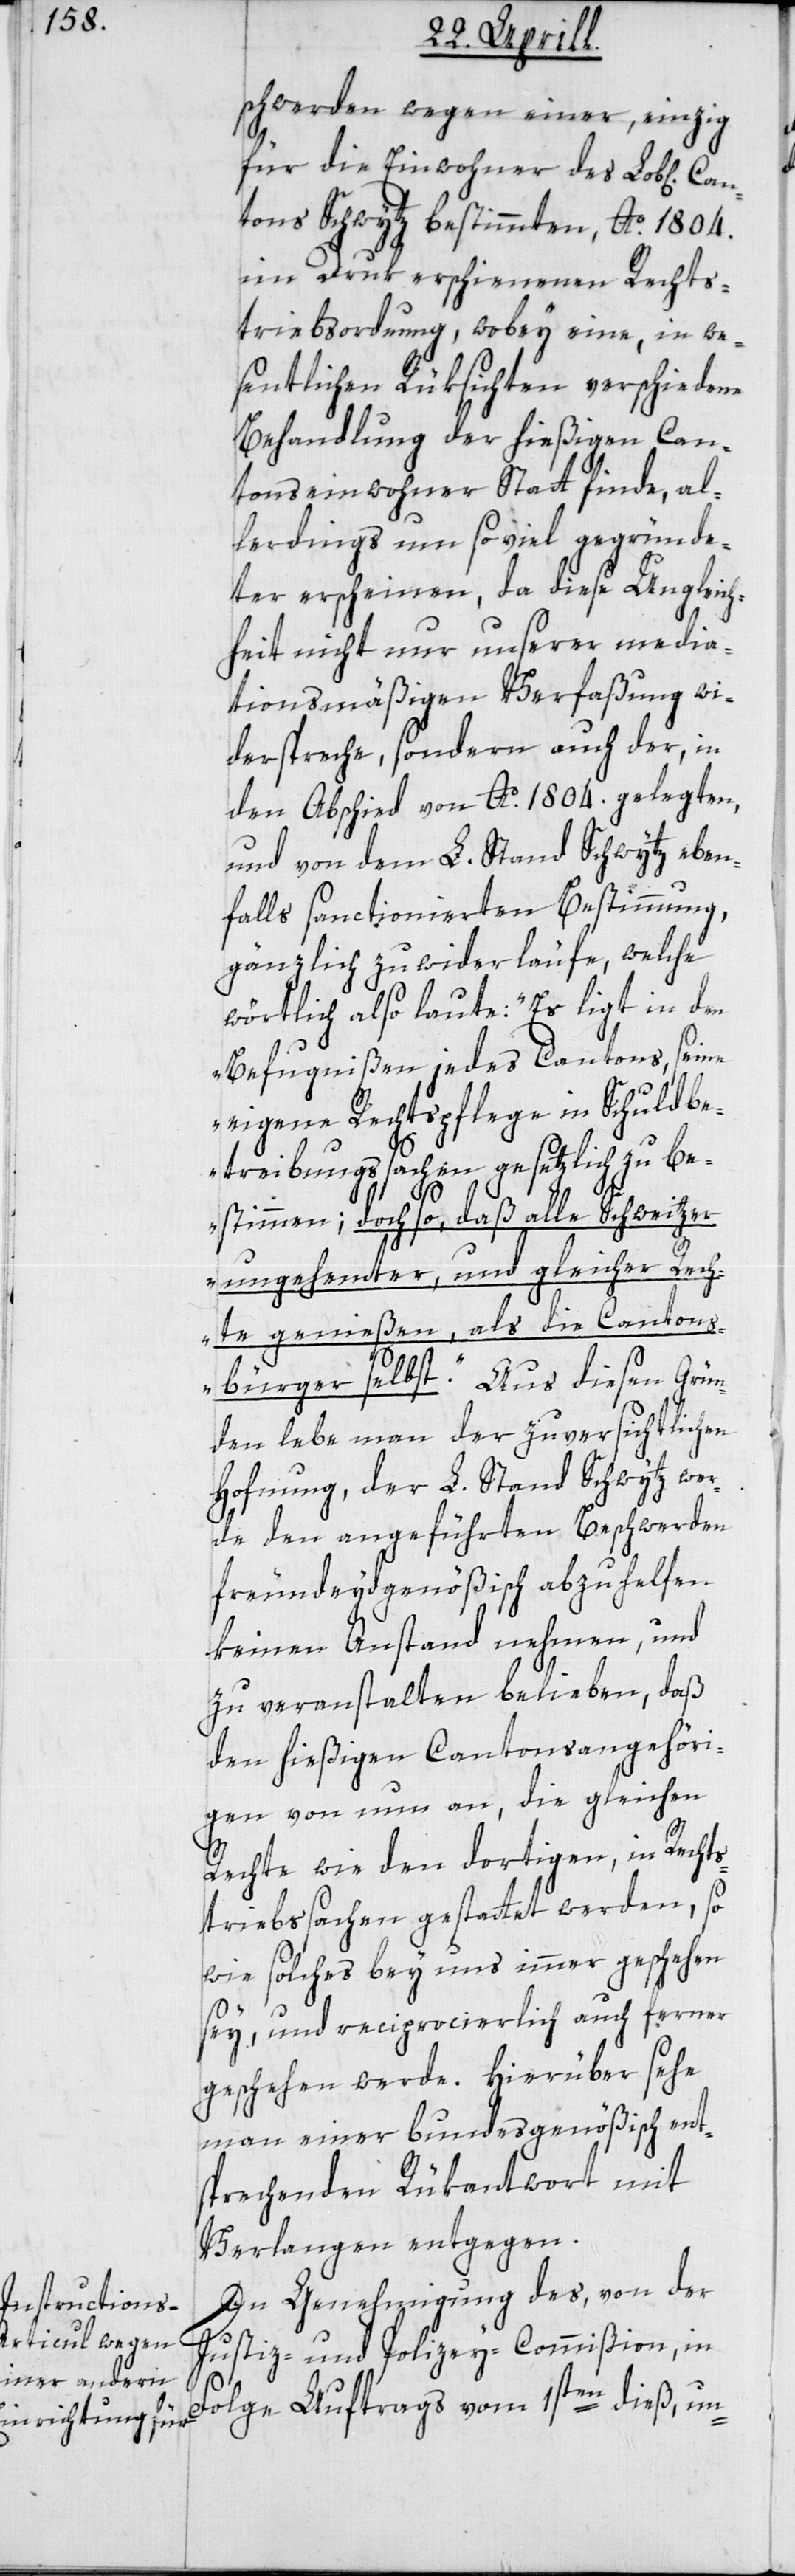
Can¬

schwerden wegen einer, einzig
für die Einwohner des Lob[lichen]
tons Schwyz bestimmten, Ao. 1804.
im Druk erschienenen Rechts¬
triebs-Ordnung, wobey eine, in we¬
sentlichen Rüksichten verschiedene
Behandlung der hießigen Can¬
tonseinwohner Statt finde, al¬
lerdings um so viel gegründe¬
ter erscheinen, da diese Ungleich¬
heit nicht nur unserer media¬
tionsmäßigen Verfaßung wi¬
derspreche, sondern auch der in
den Abschied von Ao. 1804. gelegten,
und von dem L. Stand Schwytz eben¬
falls sanctionierten Bestimmung,
gänzlich zuwiderläufe, welche
wörtlich also laute: „Es liegt in den
Befugnißen jedes Cantons, seine
eigene Rechtspflege in Schuldb¬
etreibungssachen gesetzlich zu be¬
stimmen; doch so, daß alle Schweitzer
ungehemter und gleicher Rech¬
te genießen, als die Cantons¬
bürger selbst“. Aus diesen Grün¬
den lebe man der zuversichtlichen
Hofnung, der L. Stand Schwytz wer¬
de den angeführten Beschwerden
freuneydgenößisch abzuhelfen
keinen Anstand nehmen, und
zu veranstalten belieben, daß
den hießigen Cantonsangehöri¬
gen von nun an, die gleichen
Rechte wie den dortigen, in Recht¬
striebsachen gestattet werden, so
wie solches bey uns immer geschehen
sey, und reciprocierlich auch ferner
geschehen werde. Hierüber sehe
man einer bundesgenößisch ent¬
sprechenden Rükantwort mit
Verlangen entgegen.
In Genehmigung des, von der
Justiz- und Polizey-Commißion, in
Folge Auftrags vom 1sten dieß, un-